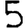
Digit: 5